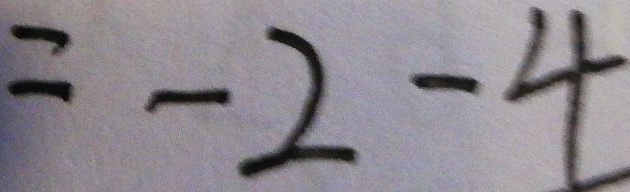
= - 2 - 4